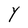
Character: Y